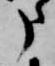
申